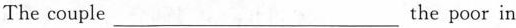
The couple___the poor in